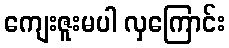
ကျေးဇူးမပါ လှကြောင်း